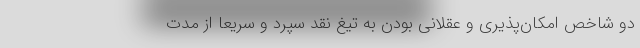
دو شاخص امکان‌پذیری و عقلانی بودن به تیغ نقد سپرد و سریعاً از مدت